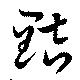
黠